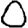
Digit: 0